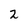
Character: 2